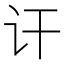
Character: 讦